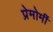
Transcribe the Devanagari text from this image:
प्रेमोर्मी